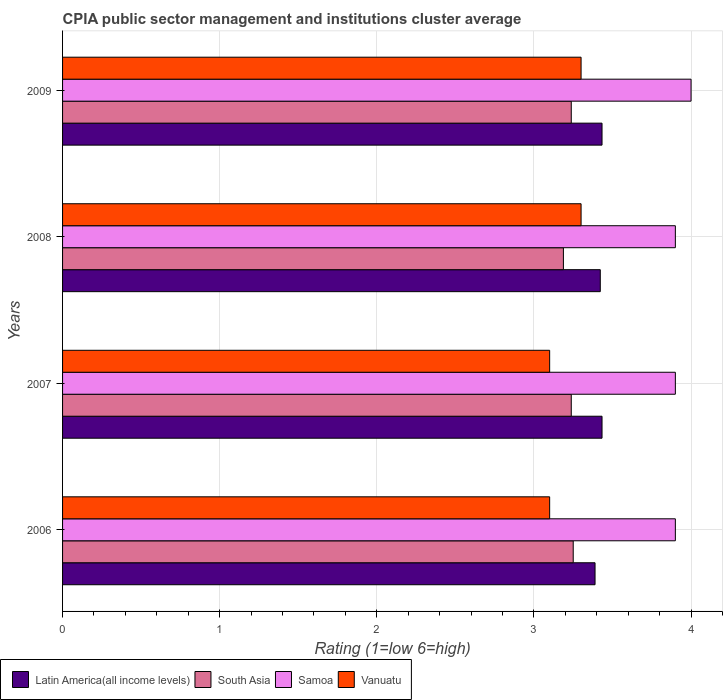
| Years | Latin America(all income levels) | South Asia | Samoa | Vanuatu |
 | --- | --- | --- | --- | --- |
 | 2006 | 3.39 | 3.25 | 3.9 | 3.1 |
 | 2007 | 3.43 | 3.24 | 3.9 | 3.1 |
 | 2008 | 3.42 | 3.19 | 3.9 | 3.3 |
 | 2009 | 3.43 | 3.24 | 4 | 3.3 |